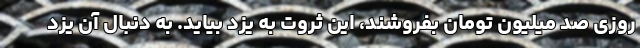
روزی صد میلیون تومان بفروشند، این ثروت به یزد بیاید. به دنبال آن یزد